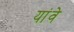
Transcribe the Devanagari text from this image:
यांवे